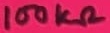
Text: 100KΩ